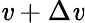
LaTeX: \mathit{v}+\Delta\mathit{v}